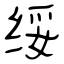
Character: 绥